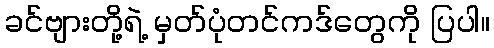
ခင်ဗျားတို့ရဲ့ မှတ်ပုံတင်ကဒ်တွေကို ပြပါ။